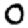
Digit: 0